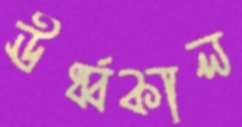
ঊর্ধ্বকাল